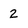
Character: 2